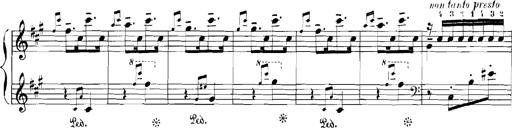
Title: Rhapsodies hongroises
Composer: Franz Liszt